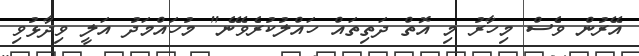
އޭރުން ވެސް މިހާރު މި އޮތް ދަތިތައް ހައްލުކުރެވޭނެ" މުހައްމަދު އަލީ ވިދާޅުވި